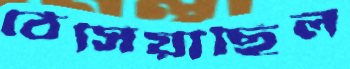
ঠেসিয়াছিল